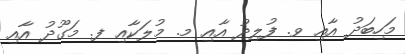
މަހިބަދު އާއި ވ. ފުލިދު އާއި މ. މުލަކާއި ފ. މަގޫދު އާއި